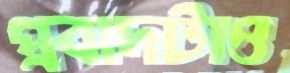
প্রবাদটাও